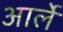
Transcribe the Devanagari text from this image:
आर्ले